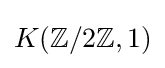
K(\mathbb {Z} /2\mathbb {Z} ,1)